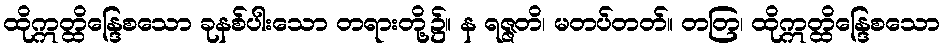
ထိုဣတ္ထိန္ဒြေစသော ခုနစ်ပါးသော တရားတို့၌။ န ရဇ္ဇတိ၊ မတပ်တတ်။ တတြ၊ ထိုဣတ္ထိန္ဒြေစသော